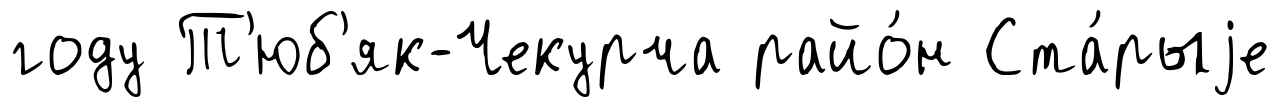
году Т'юб'як-Чекурча райо́н Ста́рыjе